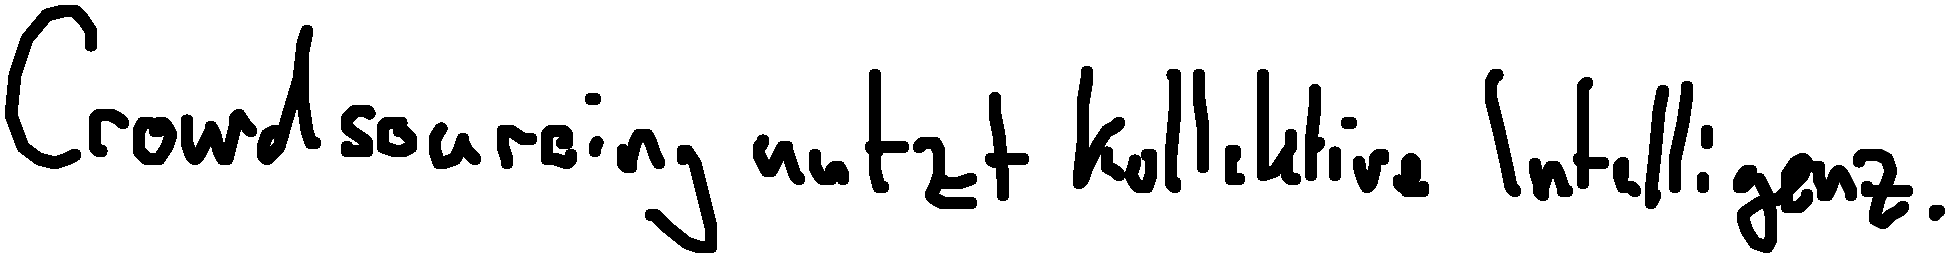
Crowdsourcing nutzt kollektive Intelligenz.